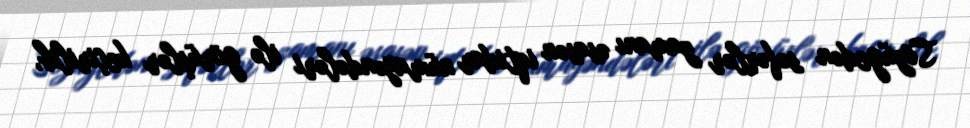
Sözügedən səfərlər zamanı əsasən iqtidar nümayəndələri ilə görüşlər keçirilib,